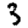
Digit: 3